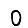
Digit: 0